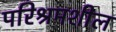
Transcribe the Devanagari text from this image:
परिश्रमशील